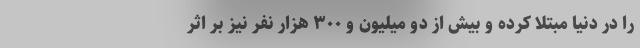
را در دنیا مبتلا کرده و بیش از دو میلیون و ۳۰۰ هزار نفر نیز بر اثر